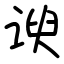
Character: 谀